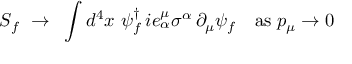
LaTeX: S _ { f } ~ \rightarrow ~ \int d ^ { 4 } x ~ \psi _ { f } ^ { \dagger } \, i e _ { \alpha } ^ { \mu } \sigma ^ { \alpha } \, \partial _ { \mu } \psi _ { f } \quad \mathrm { a s } \; p _ { \mu } \rightarrow 0